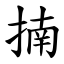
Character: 揇